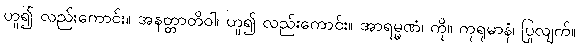
ဟူ၍ လည်းကောင်း။ အနတ္တာတိဝါ၊ ဟူ၍ လည်းကောင်း။ အာရမ္မဏံ၊ ကို။ ကုရုမာနံ၊ ပြုလျက်။